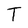
Character: T